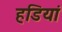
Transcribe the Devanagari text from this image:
हडियां